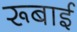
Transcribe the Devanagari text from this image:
रूबाई